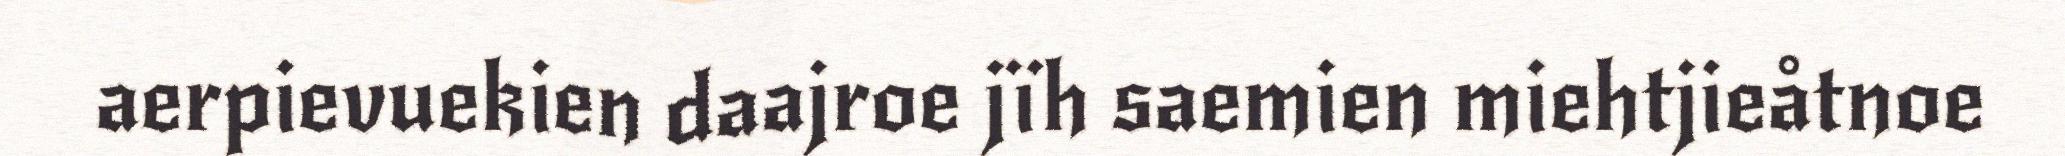
aerpievuekien daajroe jïh saemien miehtjieåtnoe